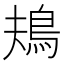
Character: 鳺